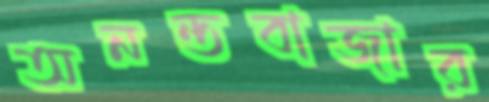
অনন্তবাজার